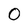
Character: 0